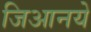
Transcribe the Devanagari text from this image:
जिआनये